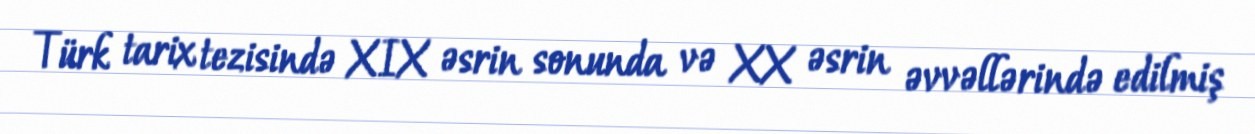
Türk tarix tezisində XIX əsrin sonunda və XX əsrin əvvəllərində edilmiş